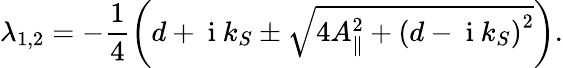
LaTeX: {\lambda_{1,2}}=-\frac{1}{4}\left({d+{\mathrm{~i~}}{k_{S}}\pm\sqrt{4A_{\parallel}^{2}+{{\left({d-{\mathrm{~i~}}{k_{S}}}\right)}^{2}}}}\right).